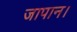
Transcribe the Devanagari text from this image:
जापान।